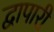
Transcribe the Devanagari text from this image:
द्वापारी